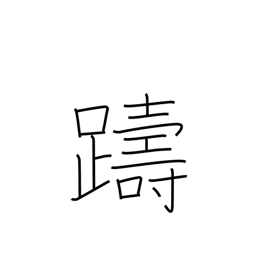
Meaning: hesitate